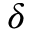
\delta